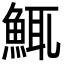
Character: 鮿